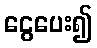
ငွေပေး၍